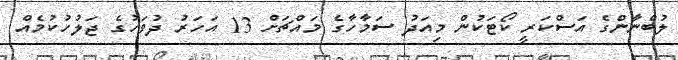
ލުބްނާންގެ އަސްކަރީ ކޯޓަކުން މިއަދު ސަމާހާގެ މައްޗަށް 13 އަހަރު ދުވަހުގެ ޖަލުހުކުމެއް